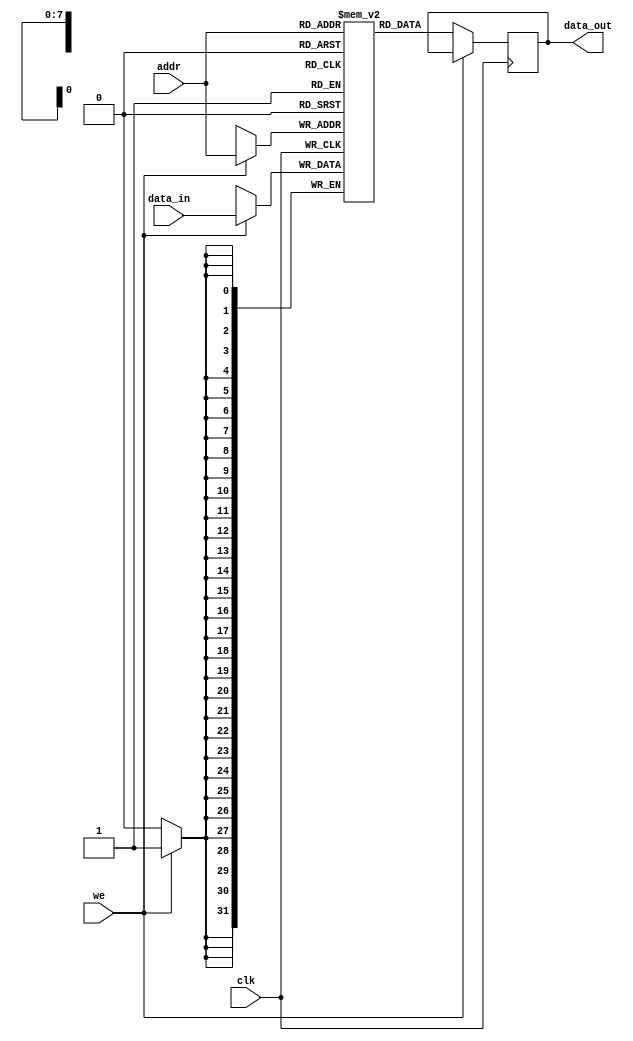
module memory_block (
    input wire clk,                  // Gated clock signal
    input wire [7:0] addr,          // Address input
    input wire [31:0] data_in,      // Data input
    input wire we,                  // Write enable
    output reg [31:0] data_out      // Data output
);
    reg [31:0] memory_array [255:0]; // 256 x 32-bit memory

    always @(posedge clk) begin
        if (we) begin
            memory_array[addr] <= data_in; // Write operation
        end else begin
            data_out <= memory_array[addr]; // Read operation
        end
    end
endmodule